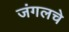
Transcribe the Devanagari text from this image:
जंगलचे